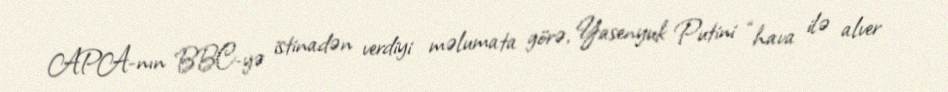
APA-nın BBC-yə istinadən verdiyi məlumata görə, Yasenyuk Putini “hava ilə alver